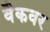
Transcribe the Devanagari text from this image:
वैकवर